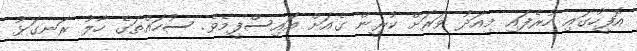
އޮފީހުގައި ހުރެފައި މިއަދު ވަރަށް ކުރީން ގެއަށް އައިސްފީމެވެ. ސުހައްތަގެ ހާލު ރަނގަޅު